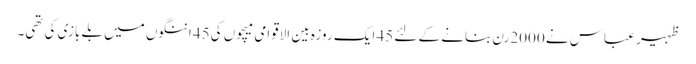
ظہیر عباس نے 2000رن بنانے کے لئے 45 ایک روزہ بین الاقوامی میچوں کی45 اننگوں میں بلے بازی کی تھی۔